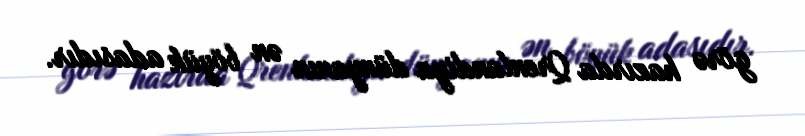
görə hazırda Qrenlandiya dünyanın ən böyük adasıdır.